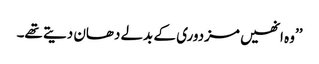
’’وہ انھیں مزدوری کے بدلے دھان دیتے تھے۔